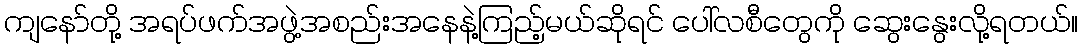
ကျနော်တို့ အရပ်ဖက်အဖွဲ့အစည်းအနေနဲ့ကြည့်မယ်ဆိုရင် ပေါ်လစီတွေကို ဆွေးနွေးလို့ရတယ်။